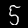
Digit: 5